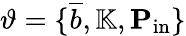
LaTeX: \vartheta=\{ \overline{{b}},\mathbb{K},\mathbf{P}_{\mathrm{in}}\}